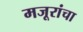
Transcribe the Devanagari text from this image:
मजूरांचा